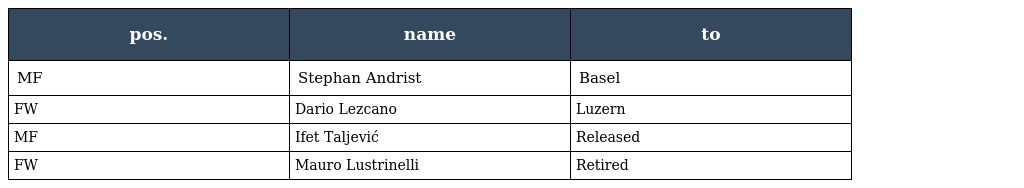
| pos. | name | to |
 | --- | --- | --- |
 | MF | Stephan Andrist | Basel |
 | FW | Dario Lezcano | Luzern |
 | MF | Ifet Taljević | Released |
 | FW | Mauro Lustrinelli | Retired |